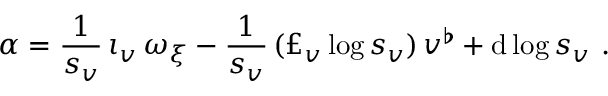
\alpha = \frac { 1 } { s _ { v } } \, \iota _ { v } \, \omega _ { \xi } - \frac { 1 } { s _ { v } } \, ( \pounds _ { v } \log s _ { v } ) \, v ^ { \flat } + \mathrm { d } \log s _ { v } \ .